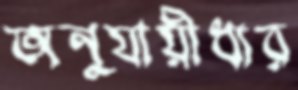
অনুযায়ীধার